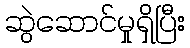
ဆွဲဆောင်မှုရှိပြီး